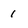
Character: 1